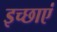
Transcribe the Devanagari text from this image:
इच्‍छाएं